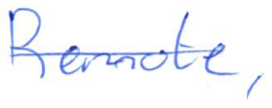
Text: Remote,
Cross-out: single-line
Writing tool: ballpoint